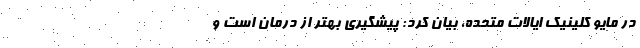
در مایو کلینیک ایالات متحده، بیان کرد: پیشگیری بهتر از درمان است و